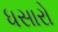
ધસારો